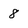
Character: 8